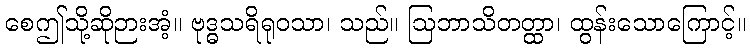
စေဤသို့ဆိုဉားအံ့။ ဗုဒ္ဓသရိရုဝသာ၊ သည်။ ဩဘာသိတတ္ထာ၊ ထွန်းသောကြောင့်။